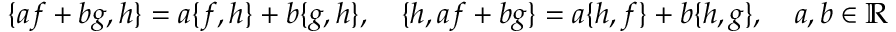
\{ a f + b g , h \} = a \{ f , h \} + b \{ g , h \} , \quad \{ h , a f + b g \} = a \{ h , f \} + b \{ h , g \} , \quad a , b \in \mathbb { R }